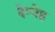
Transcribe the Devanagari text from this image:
देम्नेह